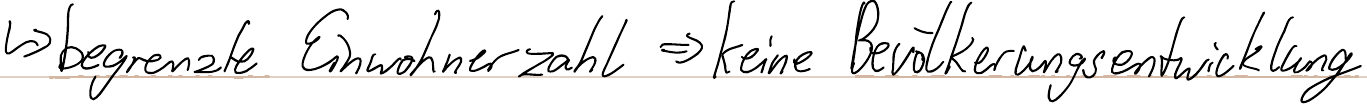
-> begrenzte Einwohnerzahl => keine Bevölkerungsentwicklung